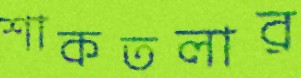
শাকতলার